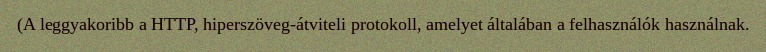
(A leggyakoribb a HTTP, hiperszöveg-átviteli protokoll, amelyet általában a felhasználók használnak.